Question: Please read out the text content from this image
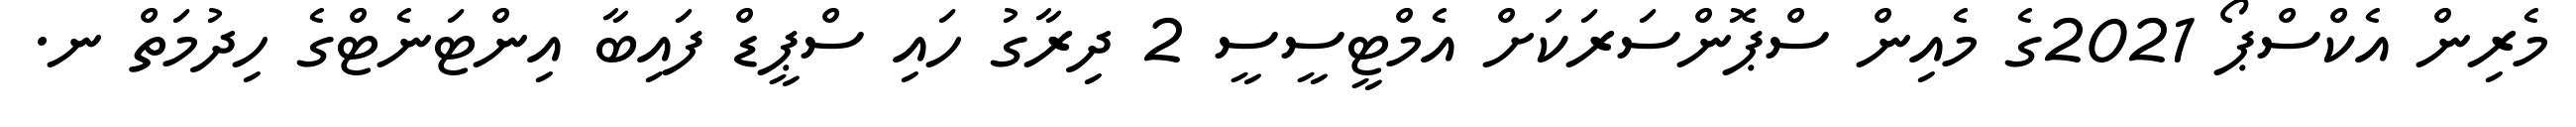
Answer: މެރިން އެކްސްޕޯ 2021ގެ މެއިން ސްޕޮންސަރަކަށް އެމްޓީސީސީ 2 ދިރާގު ހައި ސްޕީޑް ފައިބާ އިންޓަނެޓްގެ ހިދުމަތް ނ.